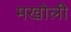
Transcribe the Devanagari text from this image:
मखोली